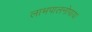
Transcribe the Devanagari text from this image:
लाभपालनोपायः